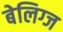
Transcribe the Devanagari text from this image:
बेलिग्ज